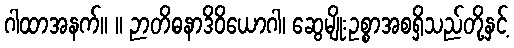
ဂါထာအနက်။ ။ ဉာတိဓနာဒိဝိယောဂါ၊ ဆွေမျိုးဥစ္စာအစရှိသည်တို့နှင့်